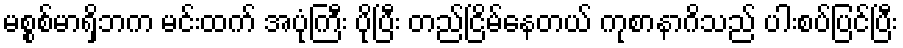
မစ္စစ်မာရှိဘက မင်းထက် အပုံကြီး ပိုပြီး တည်ငြိမ်နေတယ် ကုစာနာဂိသည် ပါးစပ်ပြင်ပြီး